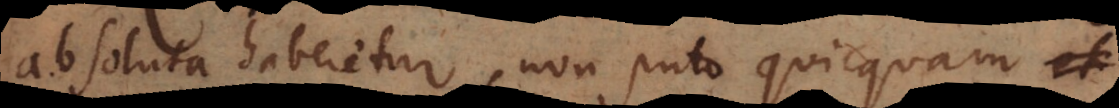
absoluta haberetur, non puto quicquam